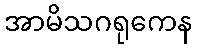
အာမိသဂရုကေန